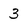
Character: 3